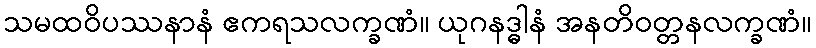
သမထဝိပဿနာနံ ဧကရသလက္ခဏံ။ ယုဂနဒ္ဓါနံ အနတိဝတ္တနလက္ခဏံ။